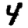
Digit: 4